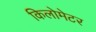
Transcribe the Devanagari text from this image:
किलोमेटर